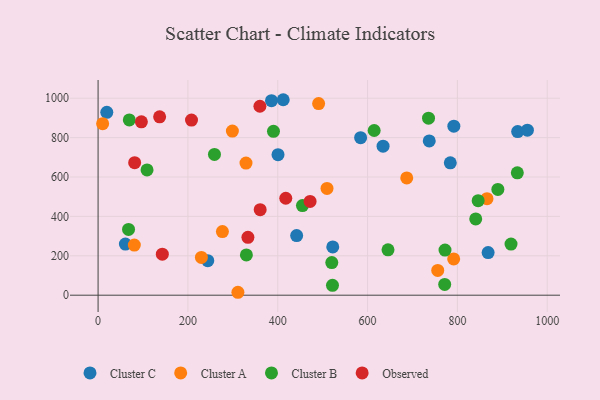
{"axis": {"x": "Study Hours", "y": "Profit"}, "legend": ["Cluster A", "Cluster B", "Cluster C", "Observed"], "data": [{"x": "244.2", "y": 175.3, "type": "Cluster C"}, {"x": "386.1", "y": 987.4, "type": "Cluster C"}, {"x": "400.6", "y": 713.4, "type": "Cluster C"}, {"x": "934.2", "y": 830.6, "type": "Cluster C"}, {"x": "412.2", "y": 992.4, "type": "Cluster C"}, {"x": "60.8", "y": 259.6, "type": "Cluster C"}, {"x": "522.5", "y": 245.3, "type": "Cluster C"}, {"x": "584.5", "y": 799.7, "type": "Cluster C"}, {"x": "442.1", "y": 302.6, "type": "Cluster C"}, {"x": "19.4", "y": 928.3, "type": "Cluster C"}, {"x": "737.3", "y": 783.0, "type": "Cluster C"}, {"x": "792.1", "y": 858.3, "type": "Cluster C"}, {"x": "868.4", "y": 216.5, "type": "Cluster C"}, {"x": "634.5", "y": 756.4, "type": "Cluster C"}, {"x": "955.8", "y": 837.9, "type": "Cluster C"}, {"x": "784.2", "y": 671.9, "type": "Cluster C"}, {"x": "865.9", "y": 490.0, "type": "Cluster A"}, {"x": "491.0", "y": 972.6, "type": "Cluster A"}, {"x": "509.7", "y": 542.1, "type": "Cluster A"}, {"x": "299.0", "y": 833.2, "type": "Cluster A"}, {"x": "311.3", "y": 14.8, "type": "Cluster A"}, {"x": "276.8", "y": 323.0, "type": "Cluster A"}, {"x": "791.7", "y": 184.2, "type": "Cluster A"}, {"x": "756.2", "y": 125.8, "type": "Cluster A"}, {"x": "10.1", "y": 870.8, "type": "Cluster A"}, {"x": "329.3", "y": 670.7, "type": "Cluster A"}, {"x": "230.0", "y": 191.6, "type": "Cluster A"}, {"x": "687.2", "y": 595.4, "type": "Cluster A"}, {"x": "80.7", "y": 254.5, "type": "Cluster A"}, {"x": "520.3", "y": 165.5, "type": "Cluster B"}, {"x": "614.7", "y": 836.1, "type": "Cluster B"}, {"x": "521.9", "y": 50.1, "type": "Cluster B"}, {"x": "735.7", "y": 898.9, "type": "Cluster B"}, {"x": "890.1", "y": 537.1, "type": "Cluster B"}, {"x": "645.5", "y": 230.3, "type": "Cluster B"}, {"x": "846.2", "y": 479.7, "type": "Cluster B"}, {"x": "919.4", "y": 259.3, "type": "Cluster B"}, {"x": "69.5", "y": 890.0, "type": "Cluster B"}, {"x": "259.1", "y": 714.9, "type": "Cluster B"}, {"x": "772.4", "y": 229.1, "type": "Cluster B"}, {"x": "330.2", "y": 204.3, "type": "Cluster B"}, {"x": "67.8", "y": 334.0, "type": "Cluster B"}, {"x": "109.0", "y": 636.1, "type": "Cluster B"}, {"x": "840.8", "y": 387.1, "type": "Cluster B"}, {"x": "771.7", "y": 54.8, "type": "Cluster B"}, {"x": "390.5", "y": 832.2, "type": "Cluster B"}, {"x": "455.0", "y": 454.8, "type": "Cluster B"}, {"x": "933.4", "y": 621.2, "type": "Cluster B"}, {"x": "417.9", "y": 492.3, "type": "Observed"}, {"x": "96.4", "y": 880.3, "type": "Observed"}, {"x": "143.0", "y": 208.3, "type": "Observed"}, {"x": "360.9", "y": 434.3, "type": "Observed"}, {"x": "137.0", "y": 905.5, "type": "Observed"}, {"x": "81.4", "y": 672.7, "type": "Observed"}, {"x": "333.6", "y": 293.9, "type": "Observed"}, {"x": "208.0", "y": 889.1, "type": "Observed"}, {"x": "472.0", "y": 475.9, "type": "Observed"}, {"x": "360.3", "y": 959.3, "type": "Observed"}]}